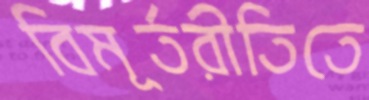
বিমূর্তরীতিতে